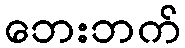
ဘေးဘက်